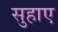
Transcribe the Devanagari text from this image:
सुहाए